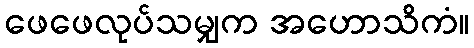
ဖေဖေလုပ်သမျှက အဟောသိကံ။